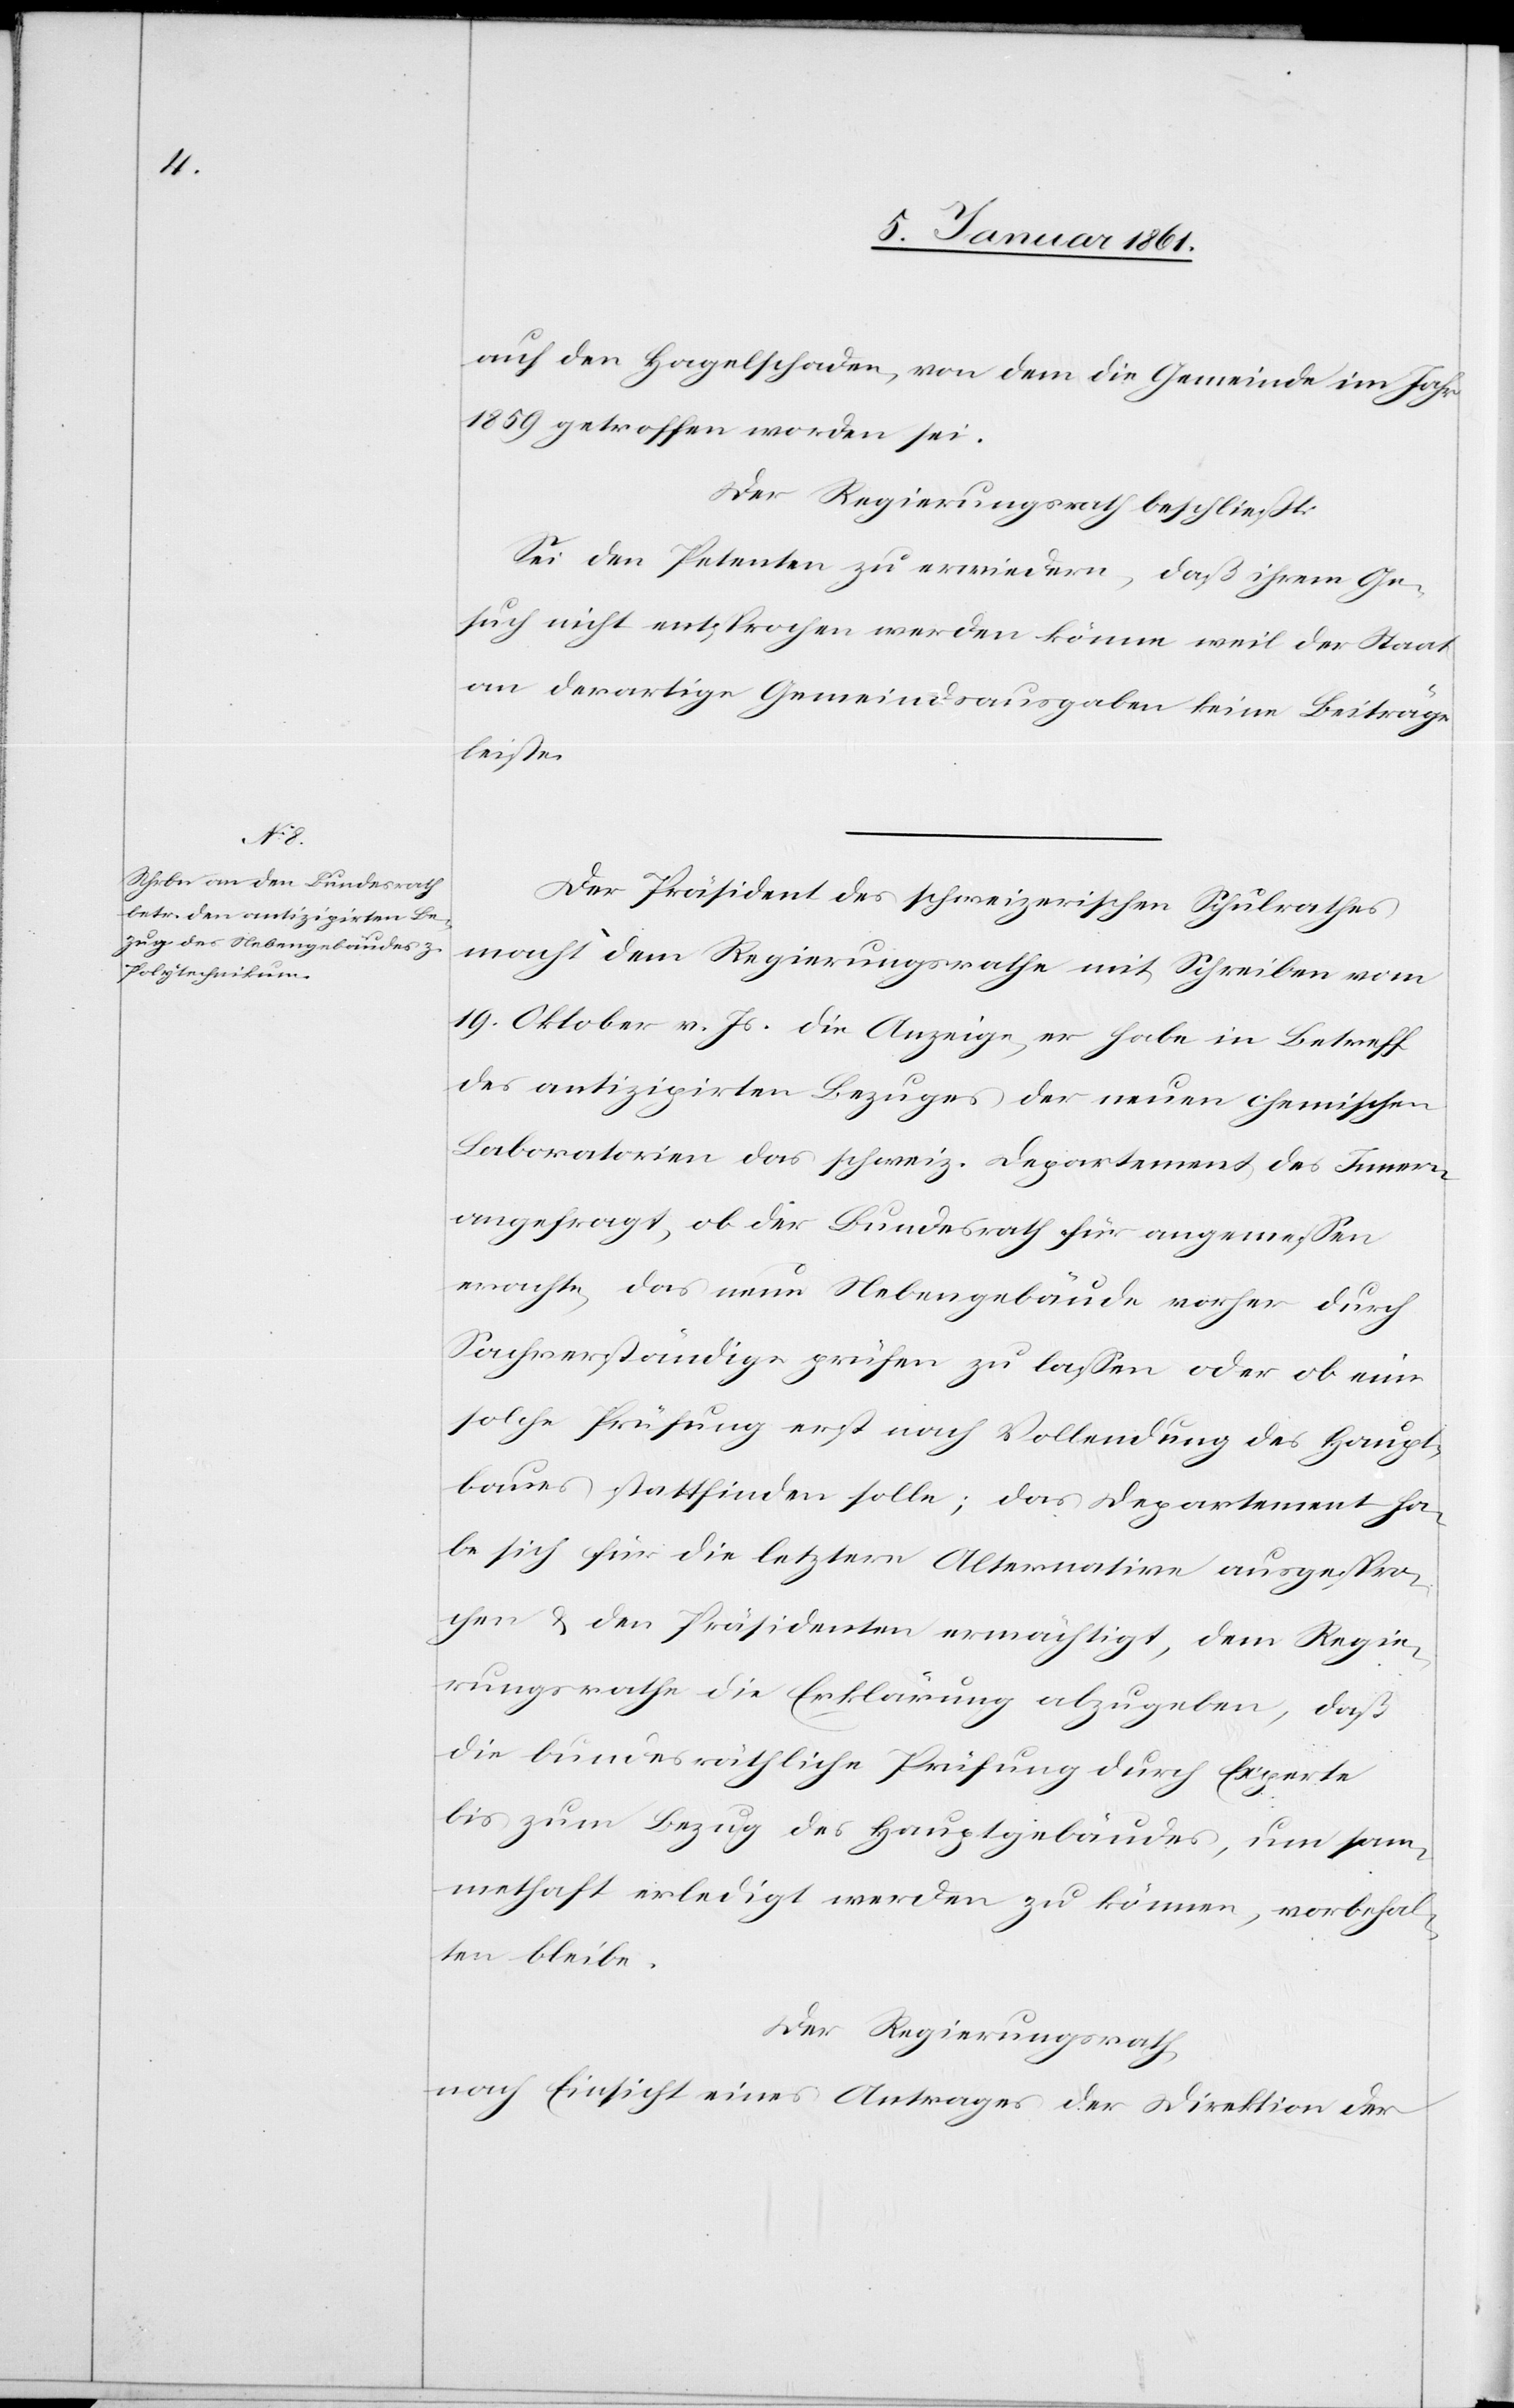
auf den Hagelschaden, von dem die Gemeinde im Jahr
1859 getroffen worden sei.
Der Regierungsrath beschliesst:
Sei den Petenten zu erwiedern, daß ihrem Ge¬
such nicht entsprochen werden könne weil der Staat
an derartige Gemeindsausgaben keine Beiträge
leiste.
Der Präsident des schweizerischen Schulrathes
macht dem Regierungsrathe mit Schreiben vom
19. Oktober v. Js. die Anzeige, er habe in Betreff
des antizipirten Bezuges der neuen chemischen
Laboratorien das schweiz. Departement des Innern
angefragt, ob der Bundesrath für angemessen
erachte, das neue Nebengebäude vorher durch
Sachverständige prüfen zu lassen oder ob eine
solche Prüfung erst nach Vollendung des Haupt¬
baues stattfinden solle; das Departement ha¬
be sich für die letztere Alternative ausgespro¬
chen u. den Präsidenten ermächtigt, dem Regie¬
rungsrathe die Erklärung abzugeben, daß
die bundesräthliche Prüfung durch Experte
bis zum Bezug des Hauptgebäudes, um sam¬
methaft erledigt werden zu können, vorbehalt¬
en bleibe.
Der Regierungsrath,
nach Einsicht eines Antrages der Direktion der